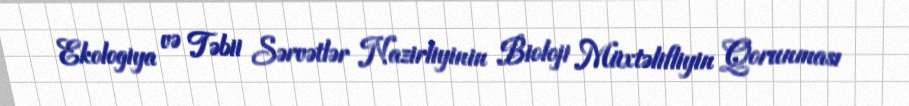
Ekologiya və Təbii Sərvətlər Nazirliyinin Bioloji Müxtəlifliyin Qorunması